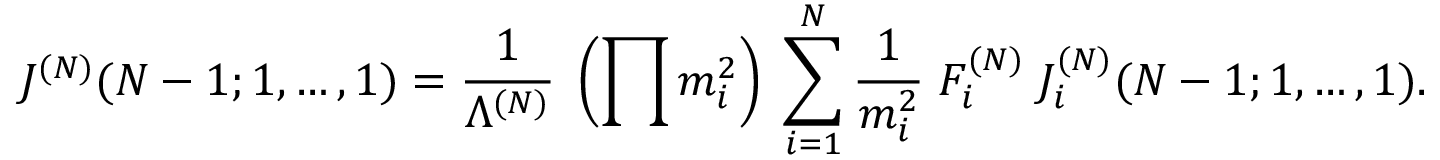
J ^ { ( N ) } ( N - 1 ; 1 , \ldots , 1 ) = \frac { 1 } { \Lambda ^ { ( N ) } } \; \left( \prod m _ { i } ^ { 2 } \right) \; \sum _ { i = 1 } ^ { N } \frac { 1 } { m _ { i } ^ { 2 } } \; F _ { i } ^ { ( N ) } \; J _ { i } ^ { ( N ) } ( N - 1 ; 1 , \ldots , 1 ) .